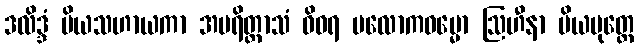
ဒလိဒ္ဒံ ပိယသဟာယကာ အပရိတ္တာသံ ဝိဝရ ပလောကဓမ္မော ဩဟီနာ ပိယပုတ္တေ